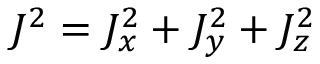
J ^ { 2 } = J _ { x } ^ { 2 } + J _ { y } ^ { 2 } + J _ { z } ^ { 2 }